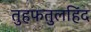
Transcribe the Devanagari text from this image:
तुहफतुलहिंद